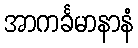
အာကင်္ခမာနာနံ